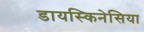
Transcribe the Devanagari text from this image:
डायस्किनेसिया